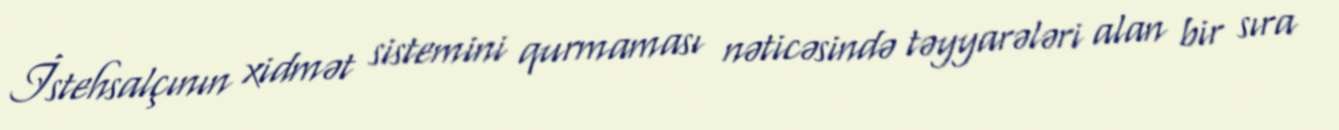
İstehsalçının xidmət sistemini qurmaması nəticəsində təyyarələri alan bir sıra